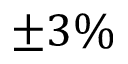
\pm 3 \%